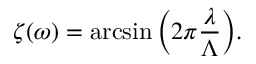
\zeta ( \omega ) = \arcsin { \left( 2 \pi \frac { \lambda } { \Lambda } \right) } .